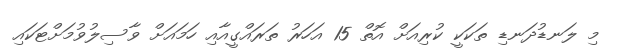
މި ލަނޑުދަނޑި ތަކަކީ ކުރިއަށް އޮތް 15 އަހަރު ތަރައްގީއާއި ހަމައަށް ވާސިލުވުމަށްޓަކައި